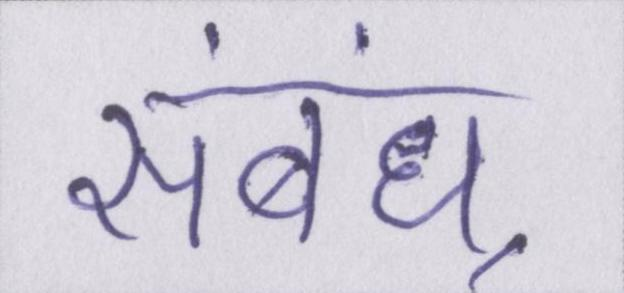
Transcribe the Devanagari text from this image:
संबंध्